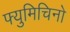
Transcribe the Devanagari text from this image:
फ्युमिचिनो